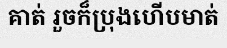
គាត់ រួចក៏ប្រុងហើបមាត់